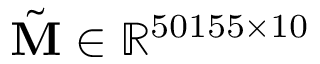
\tilde { \mathbf { M } } \in \mathbb { R } ^ { 5 0 1 5 5 \times 1 0 }